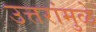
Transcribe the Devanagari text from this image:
उत्तरांमुळे